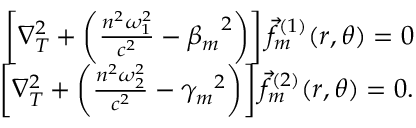
\begin{array} { r } { \left[ \nabla _ { T } ^ { 2 } + \left( \frac { n ^ { 2 } \omega _ { 1 } ^ { 2 } } { c ^ { 2 } } - { \beta _ { m } } ^ { 2 } \right) \right] \vec { f } _ { m } ^ { ( 1 ) } ( r , \theta ) = 0 } \\ { \left[ \nabla _ { T } ^ { 2 } + \left( \frac { n ^ { 2 } \omega _ { 2 } ^ { 2 } } { c ^ { 2 } } - { \gamma _ { m } } ^ { 2 } \right) \right] \vec { f } _ { m } ^ { ( 2 ) } ( r , \theta ) = 0 . } \end{array}